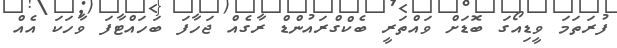
ފުރަތަމަ ވީޑިއޯގަ ބޮޑަށް ވައްތަރީ ބެކްގްރައުންޑް ރާގެއް ޖަހާފަ ބަހައްޓާފަ ވާހަކަ އެއް